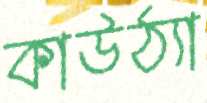
কাউঠ্যা